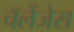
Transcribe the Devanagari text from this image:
चॅलेंजेस